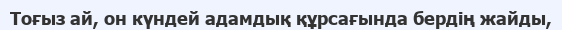
Тоғыз ай, он күндей адамдық құрсағында бердің жайды,